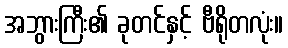
အဘွားကြီး၏ ခုတင်နှင့် ဗီရိုတလုံး။